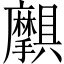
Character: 𫾝